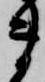
ま